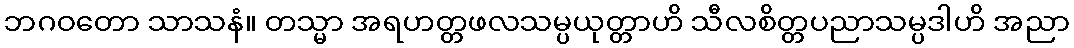
ဘဂဝတော သာသနံ။ တသ္မာ အရဟတ္တဖလသမ္ပယုတ္တာဟိ သီလစိတ္တပညာသမ္ပဒါဟိ အညာ